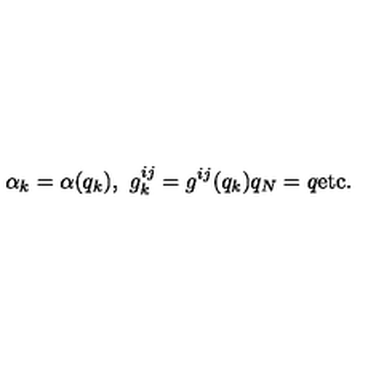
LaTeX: \alpha _ { k } = \alpha ( q _ { k } ) , \ g _ { k } ^ { i j } = g ^ { i j } ( q _ { k } ) q _ { N } = q \mathrm { e t c . }